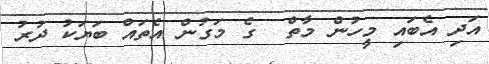
އަދި އެބައި މީހުން މާތް  ގެ މަގުން އެތައް ބަޔަކު ދުރު